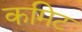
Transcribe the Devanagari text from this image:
कमिट